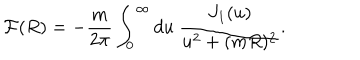
{ \cal F } ( R ) = - \frac { m } { 2 \pi } \int _ { 0 } ^ { \infty } d u \ \frac { J _ { 1 } ( u ) } { u ^ { 2 } + ( m R ) ^ { 2 } } .